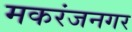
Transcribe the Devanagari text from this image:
मकरंजनगर